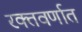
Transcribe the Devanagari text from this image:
रक्तवर्णात